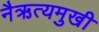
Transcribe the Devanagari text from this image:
नैऋत्यमुखी